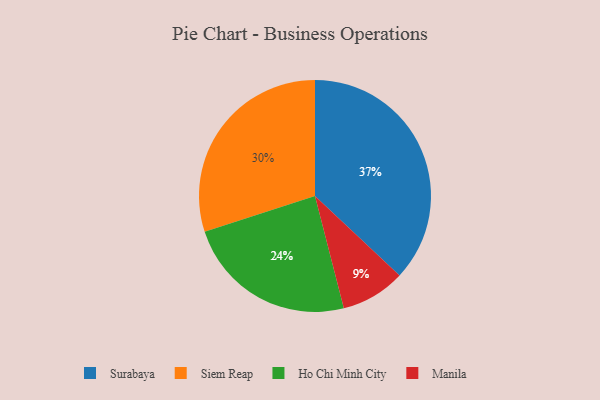
{"axis": {"x": "Category", "y": "Percentage"}, "legend": ["Ho Chi Minh City", "Manila", "Siem Reap", "Surabaya"], "data": [{"x": "Siem Reap", "y": 30, "type": "Siem Reap"}, {"x": "Manila", "y": 9, "type": "Manila"}, {"x": "Ho Chi Minh City", "y": 24, "type": "Ho Chi Minh City"}, {"x": "Surabaya", "y": 37, "type": "Surabaya"}]}